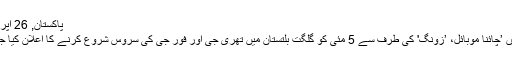
پاکستان, 26 اپریل 2018
پاکستان میں ’چائنا موبائل، ’زونگ' کی طرف سے 5 مئی کو گلگت بلتستان میں تھری جی اور فور جی کی سروس شروع کرنے کا اعلان کیا جا چکا ہے۔